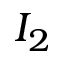
I _ { 2 }